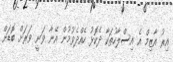
އިރު އާޒިމް އެ އިސްލާހުތަކާ ދެކޮޅު ހެއްދެވުމުން އޭނާ ވަނީ ވަރަށް ބޮޑަށް